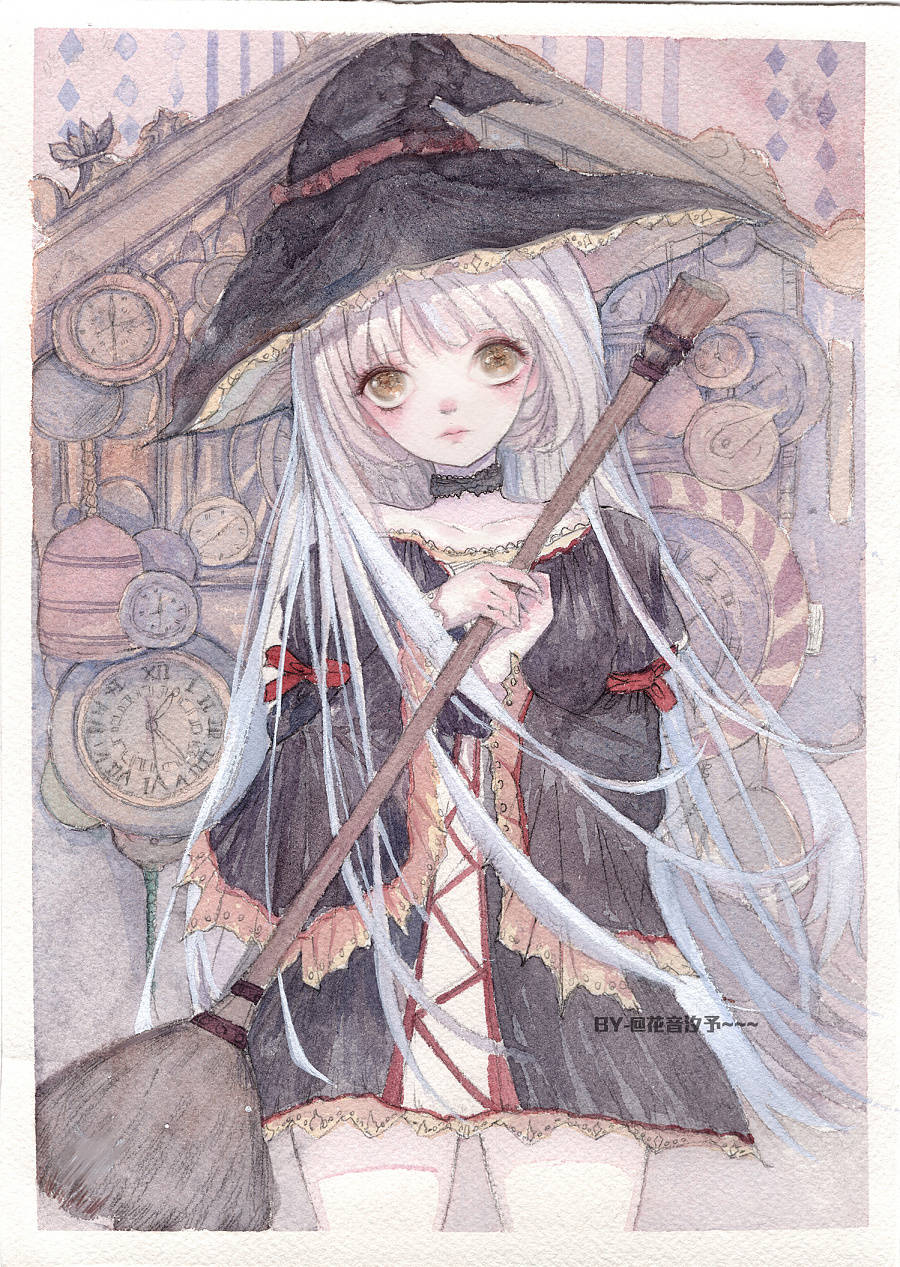
予若洞庭叶，随波送逐臣。